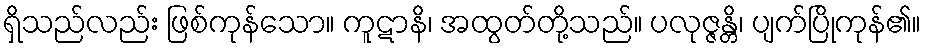
ရှိသည်လည်း ဖြစ်ကုန်သော။ ကူဋာနိ၊ အထွတ်တို့သည်။ ပလုဇ္ဇန္တိ၊ ပျက်ပြိုကုန်၏။